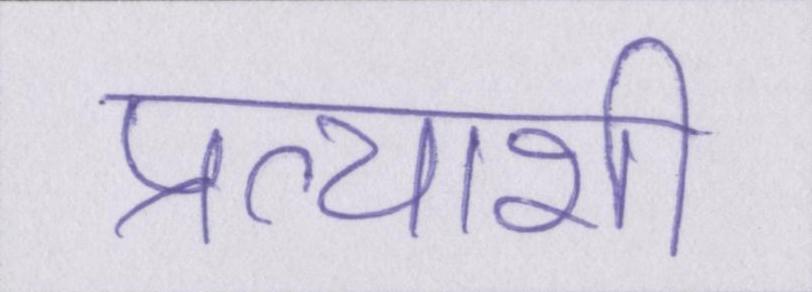
प्रत्याशी